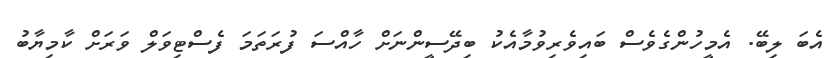
އެބަ ލިބޭ. އެމީހުންގެވެސް ބައިވެރިވުމާއެކު ބިދޭސީންނަށް ހާއްސަ ފުރަތަމަ ފެސްޓިވަލް ވަރަށް ކާމިޔާބު